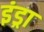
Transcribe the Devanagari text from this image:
इंड्रा